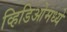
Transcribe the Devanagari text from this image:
व्हिडिओमध्ये